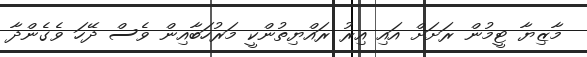
މާޒިޔާ ޓީމުން ރަށަށް އައި އިރު ރައްޔިތުންކީ މަރުހަބާއިން ވެސް ދޭހަ ވެގެންދާ